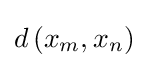
d\left(x_{m},x_{n}\right)